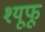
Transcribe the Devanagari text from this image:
श्यूफू